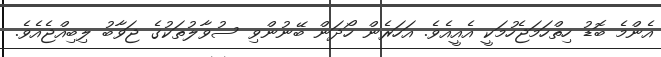
އެންމެ ބޮޑު ހިތްހަމަޖެހުމަކީ އެއީއެވެ. އަހަރެން ހޯދަން ބޭނުންވި ސުވާލުތަކުގެ ޖަވާބު ލިބިއްޖެއެވެ.